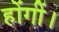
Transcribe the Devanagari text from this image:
होंगीं।